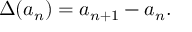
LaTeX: \Delta ( a _ { n } ) = a _ { n + 1 } - a _ { n } .